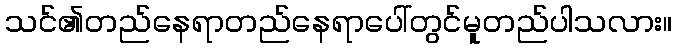
သင်၏တည်နေရာတည်နေရာပေါ်တွင်မူတည်ပါသလား။